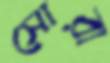
সোরা